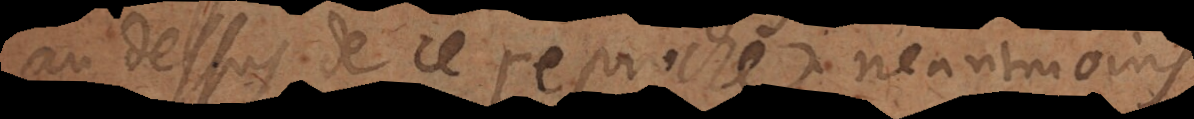
au dessus de ce reproche; neantmoins